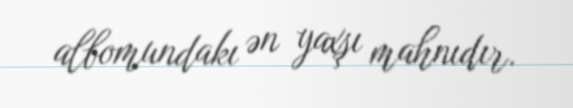
albomundakı ən yaxşı mahnıdır.